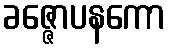
ခဇ္ဇောပနကော